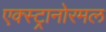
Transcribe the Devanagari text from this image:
एक्स्ट्रानोरमल